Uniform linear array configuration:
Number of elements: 16
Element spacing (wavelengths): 0.5
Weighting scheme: binomial
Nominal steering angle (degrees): -60
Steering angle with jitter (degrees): -58.805
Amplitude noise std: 0.05
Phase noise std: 0.05

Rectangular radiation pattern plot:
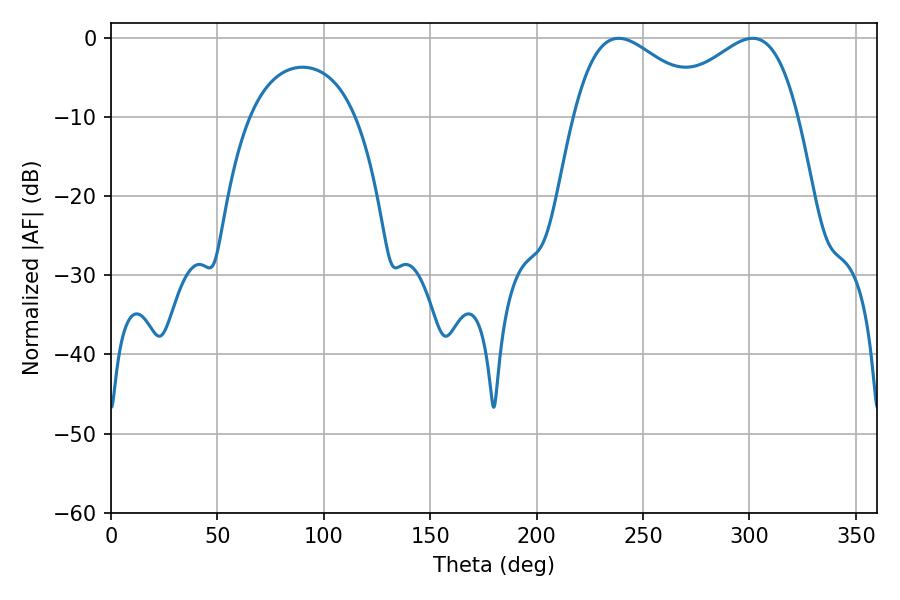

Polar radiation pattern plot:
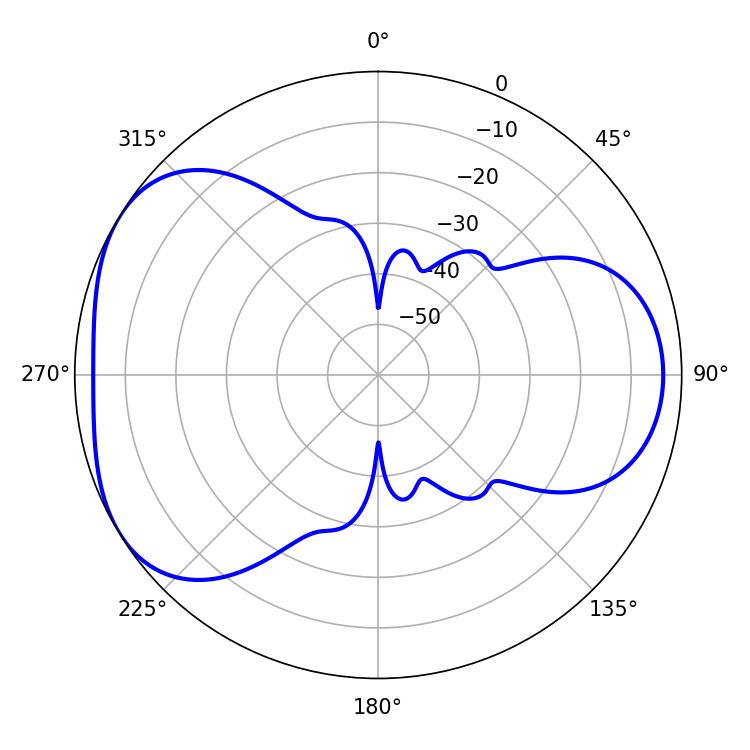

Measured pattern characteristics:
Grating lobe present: FALSE
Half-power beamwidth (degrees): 34.56
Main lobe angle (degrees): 238.5